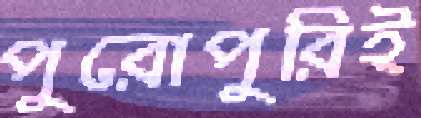
পুরোপুরিই